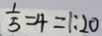
\frac { 1 } { 5 } = 4 = 1 : 2 0